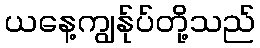
ယနေ့ကျွန်ုပ်တို့သည်